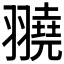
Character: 𦒒